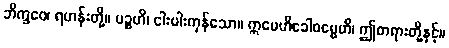
ဘိက္ခဝေ၊ ရဟန်းတို့။ ပဉ္စဟိ၊ ငါးပါးကုန်သော။ ဣမေဟိခေါဓမ္မေဟိ၊ ဤတရားတို့နှင့်။